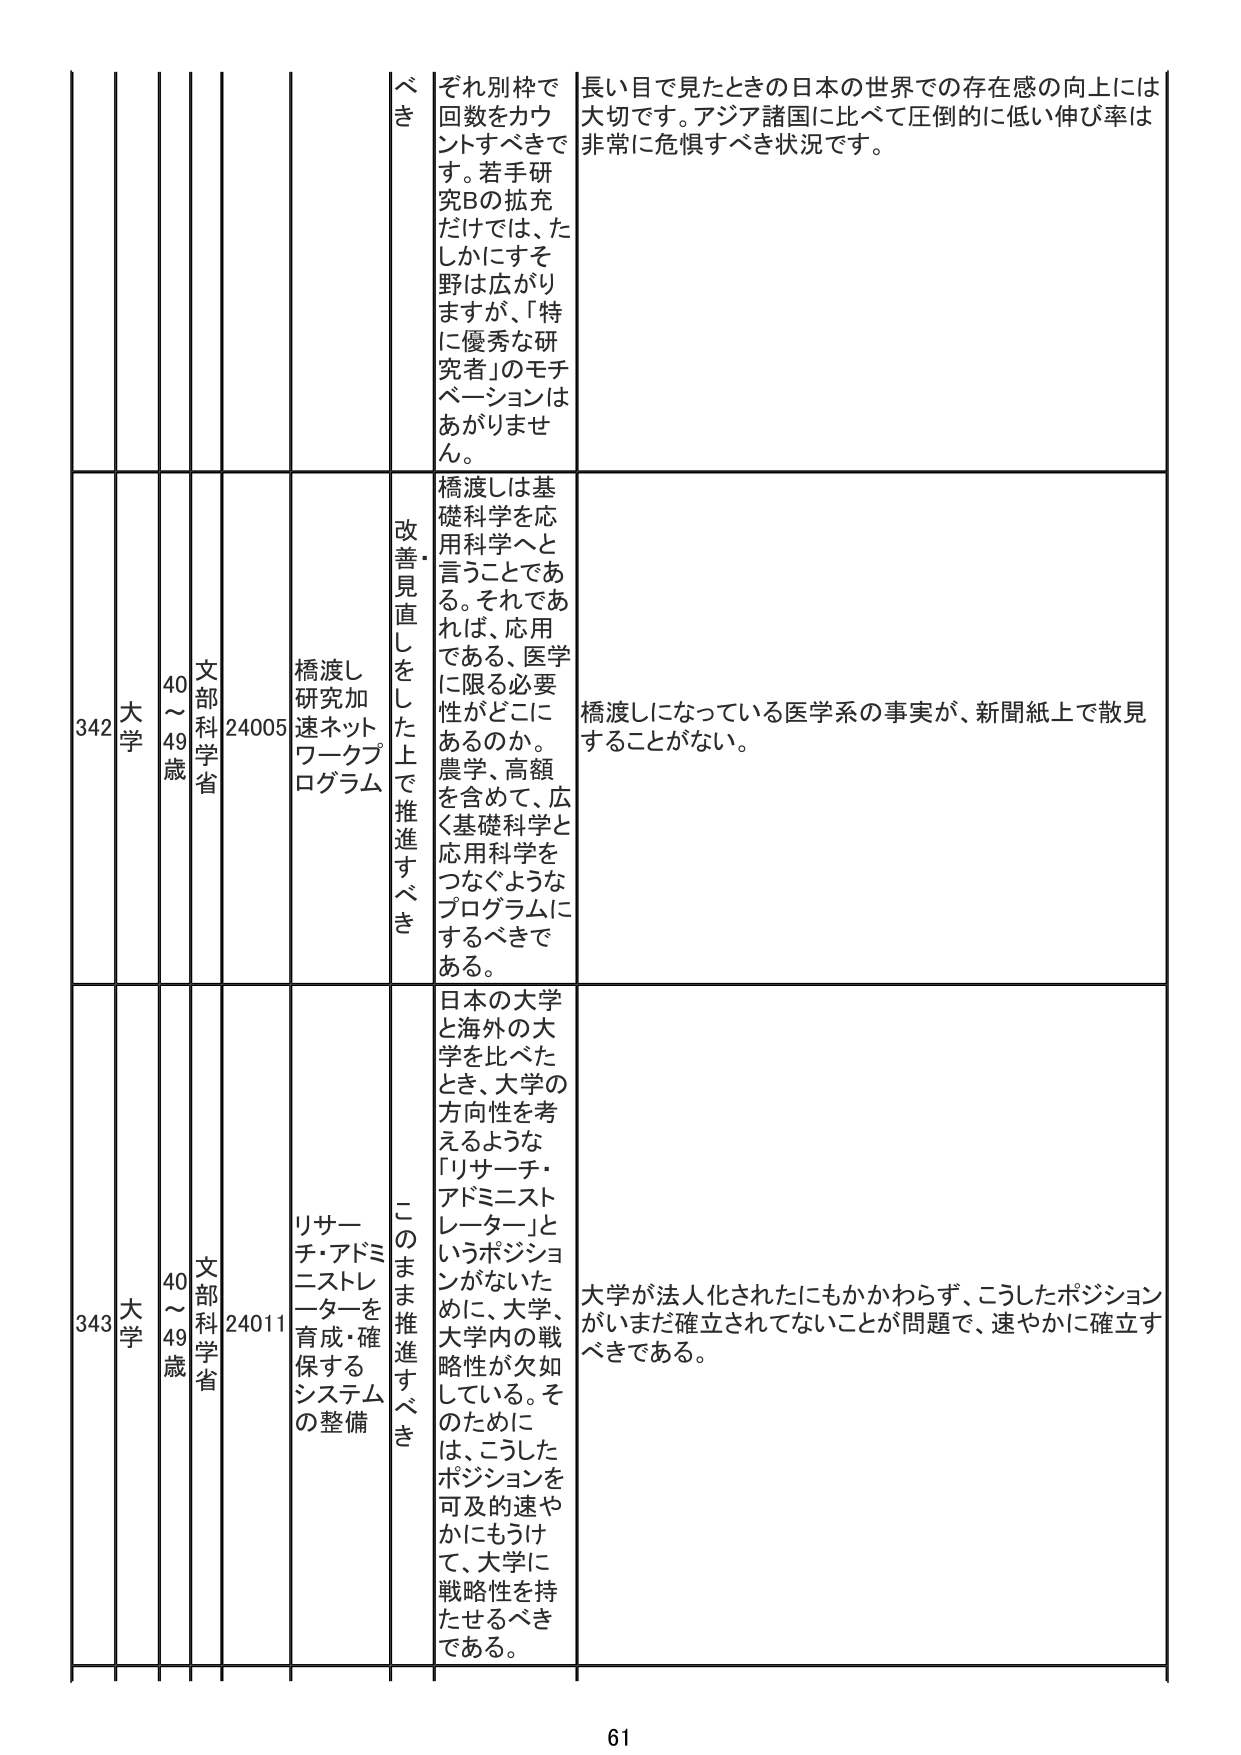
342 大学 40～49歳 文部科学省 24005 橋渡し研究加速ネットワークプログラム 改善・見直しをした上で推進すべき 橋渡しは基礎科学を応用科学へと言うことである。それであれば、応用である、医学に限る必要性がどこにあるのか。農学、高額を含めて、広く基礎科学と応用科学をつなぐようなプログラムにするべきである。 橋渡しになっている医学系の事実が、新聞紙上で散見することがない。 343 大学 40～49歳 文部科学省 24011 リサーチ・アドミニストレーターを育成・確保するシステムの整備 このまま推進すべき 日本の大学と海外の大学を比べたとき、大学の方向性を考えるような「リサーチ・アドミニストレーター」というポジションがないために、大学、大学内の戦略性が欠如している。そのためには、こうしたポジションを可及的速やかにもうけて、大学に戦略性を持たせるべきである。 大学が法人化されたにもかかわらず、こうしたポジションがいまだ確立されてないことが問題で、速やかに確立すべきである。 61